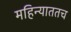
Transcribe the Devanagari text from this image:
महिन्याततच